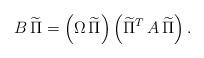
LaTeX: \begin{align*}B \, \widetilde{\Pi} = \left(\Omega \, \widetilde{\Pi}\right)\left(\widetilde{\Pi}^T\, A\, \widetilde{\Pi}\right).\end{align*}